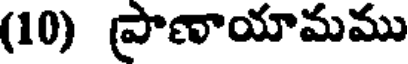
(10) ప్రాణాయామము